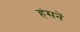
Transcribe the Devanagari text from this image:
हंसनें